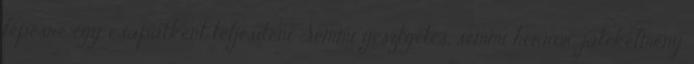
lépésre egy csapatként teljesíteni Semmi ijesztgetés, semmi horror, játékélmény